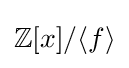
\mathbb {Z} [x]/\langle f\rangle